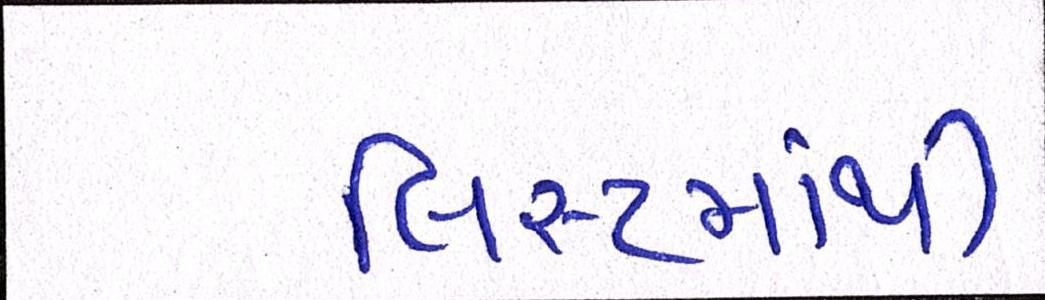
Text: લિસ્ટમાંથી